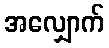
အလျှောက်